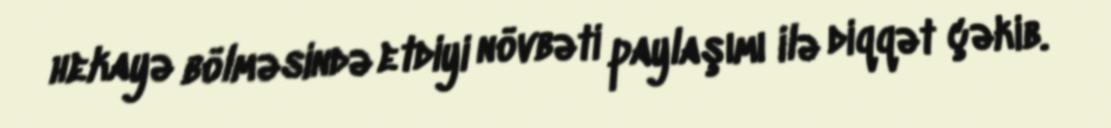
hekayə bölməsində etdiyi növbəti paylaşımı ilə diqqət çəkib.